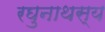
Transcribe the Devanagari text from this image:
रघुनाथस्य